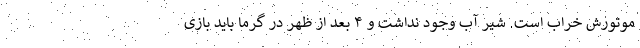
موتورش خراب است. شیر آب وجود نداشت و ۴ بعد از ظهر در گرما باید بازی